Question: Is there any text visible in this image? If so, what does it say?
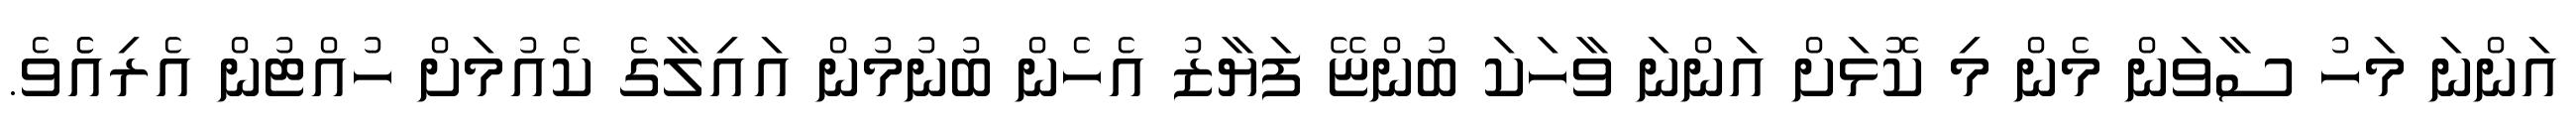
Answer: އަންނަ މަހު ސާވަން މެން މި ކޮޅަށް އަންނަ ވާހަކަ ބުންޏޭ ފަޔާޒު އެހެން ބުނުމުން އައިލާގެ ކެއުމަށް ހުއްޓުން އެރިއެެވެ.